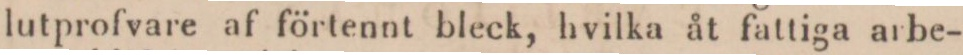
lutprofvare af förtennt bleck, hvilka åt fattiga arbe-